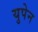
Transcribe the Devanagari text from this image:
युपेन